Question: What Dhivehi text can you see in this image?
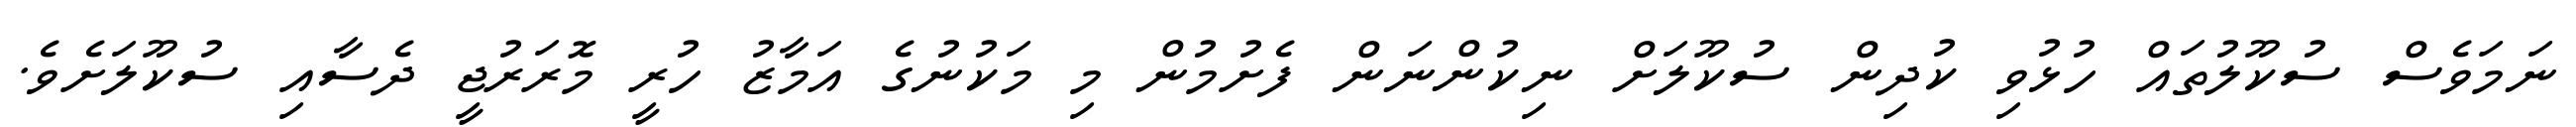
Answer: ނަމަވެސް ސުކޫލުތައް ހުޅުވި ކުދިން ސުކޫލަށް ނިކުންނަން ފެށުމުން މި މަކުނުގެ އަމާޒު ހުރީ މޮރަރުޖީ ދެސާއި ސުކޫލަށެވެ.